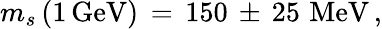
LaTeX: m_{s}\, (1\, \mathrm{GeV})\, =\, 150\, \pm\, 25\, \, \mathrm{MeV}\, ,